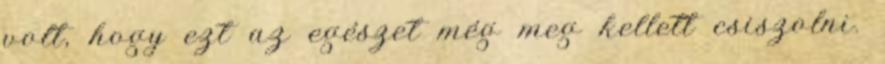
volt, hogy ezt az egészet még meg kellett csiszolni.